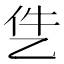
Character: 𪜓